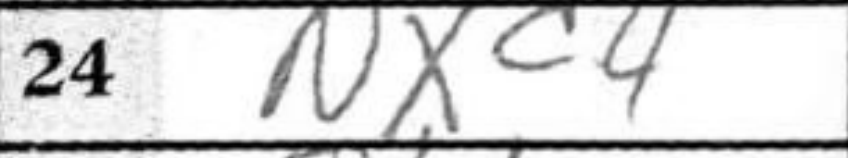
Transcription: Nxa4